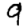
Digit: 9